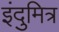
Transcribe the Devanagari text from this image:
इंदुमित्र